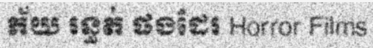
ភ័យ រន្ធត់ ផងដែរ Horror Films